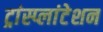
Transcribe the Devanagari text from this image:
ट्रांस्प्लांटेशन